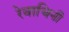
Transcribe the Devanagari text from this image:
रेवाचिनी